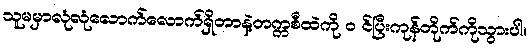
သူမမှာလုံလုံလောက်လောက်ရှိတာနဲ့တက္ကစီထဲကို ၀ င်ပြီးကုန်တိုက်ကိုသွားပါ။